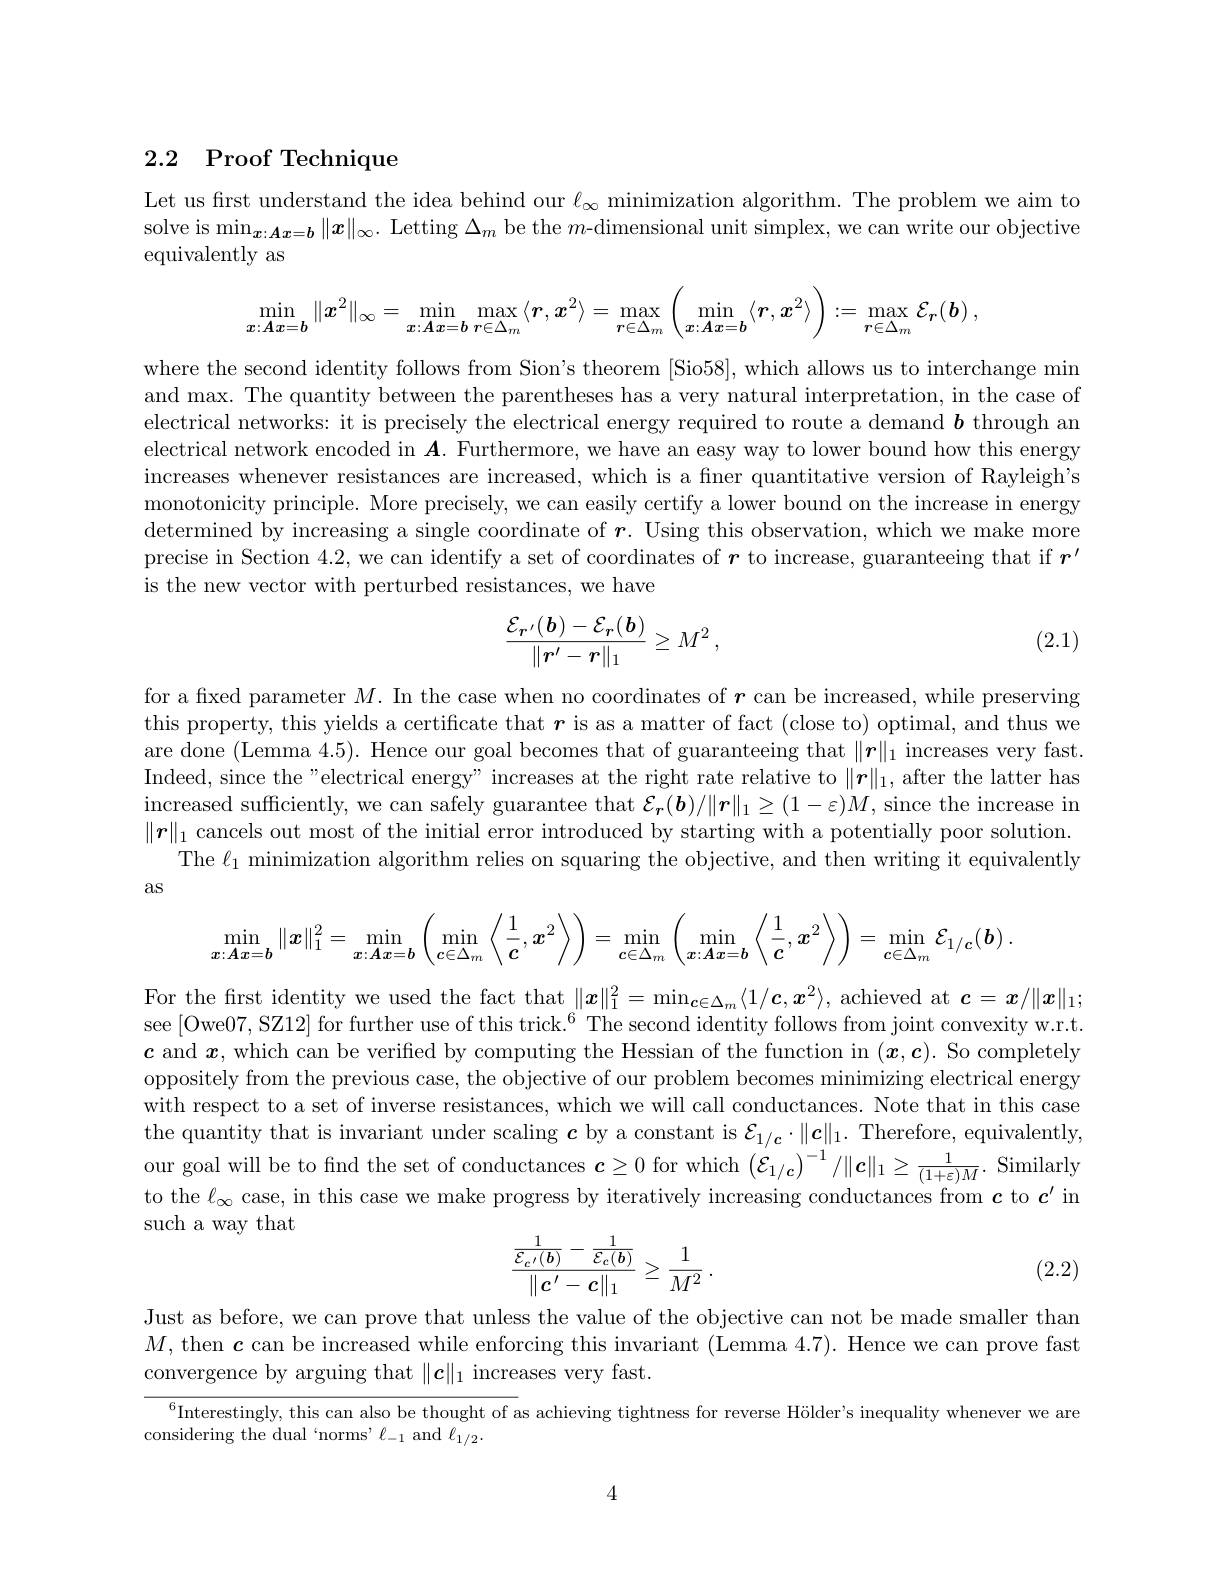
## 2.2 Proof Technique

Let us first understand the idea behind our $\ell_\infty$ minimization algorithm. The problem we aim to solve is $\min_{x:\boldsymbol{A}x=\boldsymbol{b}}\|x\|_\infty.$ Letting $\Delta_m$ be the $m$-dimensional unit simplex, we can write our objective equivalently as
$$\min_{\boldsymbol{x}:\boldsymbol{A}\boldsymbol{x}=\boldsymbol{b}}\|\boldsymbol{x}^2\|_\infty=\min_{\boldsymbol{x}:\boldsymbol{A}\boldsymbol{x}=\boldsymbol{b}}\max_{\boldsymbol{r}\in\Delta_m}\langle\boldsymbol{r},\boldsymbol{x}^2\rangle=\max_{\boldsymbol{r}\in\Delta_m}\left(\min_{\boldsymbol{x}:\boldsymbol{A}\boldsymbol{x}=\boldsymbol{b}}\langle\boldsymbol{r},\boldsymbol{x}^2\rangle\right):=\max_{\boldsymbol{r}\in\Delta_m}\mathcal{E}_r(\boldsymbol{b})\:,$$
where the second identity follows from Sion's theorem [Sio58], which allows us to interchange min and max. The quantity between the parentheses has a very natural interpretation, in the case of electrical networks: it is precisely the electrical energy required to route a demand $\boldsymbol b$ through an electrical network encoded in $\boldsymbol{A}.$ Furthermore, we have an easy way to lower bound how this energy increases whenever resistances are increased, which is a fner quantitative version of Rayleigh's monotonicity principle. More precisely, we can easily certify a lower bound on the increase in energy determined by increasing a single coordinate of $\boldsymbol r.$ Using this observation, which we make more precise in Section 4.2, we can identify a set of coordinates of $r$ to increase, guaranteeing that if $r^\prime$ is the new vector with perturbed resistances, we have
$$\frac{\mathcal{E}_{r'}(\boldsymbol{b})-\mathcal{E}_r(\boldsymbol{b})}{\|r'-r\|_1}\geq M^2\:,$$
(2.1)

for a fixed parameter $M.$ In the case when no coordinates of $\boldsymbol{r}$ can be increased, while preserving this property, this yields a certificate that $r$ is as a matter of fact (close to) optimal, and thus we are done (Lemma 4.5). Hence our goal becomes that of guaranteeing that $\|\boldsymbol{r}\|_1$ increases very fast. Indeed, since the"electrical energy" increases at the right rate relative to $\|\boldsymbol{r}\|_1$, after the latter has increased sufficiently, we can safely guarantee that $\mathcal{E}_{\boldsymbol{r}}(\boldsymbol{b})/\|\boldsymbol{r}\|_{1}\geq(1-\varepsilon)M$,since the increase in $\|\boldsymbol{r}\|_1$ cancels out most of the initial error introduced by starting with a potentially poor solution.
The $\ell_1$ minimization algorithm relies on squaring the objective, and then writing it equivalently
$aS$
$$\min_{x:Ax=b}\|x\|_1^2=\min_{x:Ax=b}\left(\min_{c\in\Delta_m}\left\langle\frac1c,x^2\right\rangle\right)=\min_{c\in\Delta_m}\left(\min_{x:Ax=b}\left\langle\frac1c,x^2\right\rangle\right)=\min_{c\in\Delta_m}\mathcal{E}_{1/c}(\boldsymbol{b})\:.$$
For the first identity we used the fact that $\|x\|_1^2=\min_{c\in\Delta_m}\langle1/\boldsymbol{c},\boldsymbol{x}^2\rangle$, achieved at $c=\boldsymbol{x}/\|\boldsymbol{x}\|_1;$ see [Owe07, SZ12] for further use of this trick.$^6$ The second identity follows from joint convexity w.r.t. $c$ and $x$, which can be verified by computing the Hessian of the function in $(\boldsymbol{x},\boldsymbol{c}).$ So completely oppositely from the previous case, the objective of our problem becomes minimizing electrical energy with respect to a set of inverse resistances, which we will call conductances. Note that in this case the quantity that is invariant under scaling $\boldsymbol{c}$ by a constant is $\mathcal{E}_1/\boldsymbol{c}\cdot\|\boldsymbol{c}\|_1.$ Therefore, equivalently, our goal will be to find the set of conductances $\boldsymbol{c}\geq0$ for which $\left(\mathcal{E}_{1/\boldsymbol{c}}\right)^{-1}/\|\boldsymbol{c}\|_1\geq\frac1{(1+\varepsilon)M}.$ Similarly to the $\ell_\infty$ case, in this case we make progress by iteratively increasing conductances from $\boldsymbol{c}$ to $\boldsymbol{c}^\prime$ in such a way that
$$\frac{\frac{1}{\mathcal{E}_{c'}(b)}-\frac{1}{\mathcal{E}_{c}(b)}}{\|c'-c\|_1}\geq\frac{1}{M^2}\:.$$
(2.2)

Just as before, we can prove that unless the value of the objective can not be made smaller than $M$, then $\boldsymbol{c}$ can be increased while enforcing this invariant (Lemma 4.7). Hence we can prove fast convergence by arguing that $\|\boldsymbol{c}\|_1$ increases very fast.

$^6$Interestingly, this can also be thought of as achieving tightness for reverse Hölder's inequality whenever we are
considering the dual‘norms’ $\ell_{-1}$ and $\ell_{1/2}.$

4